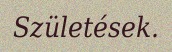
Születések.